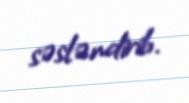
səsləndirib.